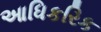
આધિકરિક